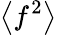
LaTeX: \left\langle f^{2}\right\rangle